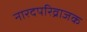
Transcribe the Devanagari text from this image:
नारदपरिव्राजक